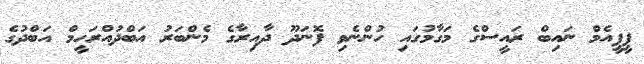
ޕީޕީއެމް ނައިބް ރައީސްގެ މަގާމުގައި ހުންނެވި ފޮނަދޫ ދާއިރާގެ މެންބަރު އަބްދުއްރަހީމް އަބްދުގެ